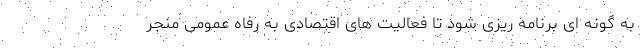
به گونه ای برنامه ریزی شود تا فعالیت های اقتصادی به رفاه عمومی منجر